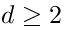
d \geq 2